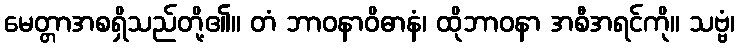
မေတ္တာအစရှိသည်တို့၏။ တံ ဘာဝနာဝိဓာနံ၊ ထိုဘာဝနာ အစီအရင်ကို။ သဗ္ဗံ၊